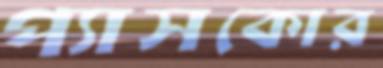
প্যাসকোর